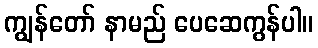
ကျွန်တော် နာမည် ပေဆေကွန်ပါ။